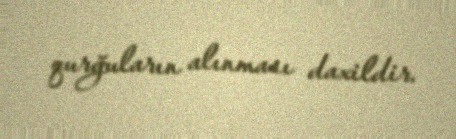
qurğuların alınması daxildir.